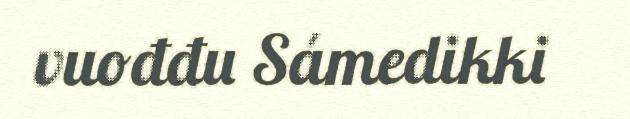
vuođđu Sámedikki